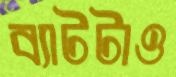
ব্যাটটাও